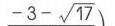
(2) 已知\(E(-2,0)\)，\(H(0, - 1)\)，以点\(E\)为圆心，\(EH\)长为半径作圆，点\(M\)为\(\odot E\)上一动点，求